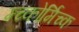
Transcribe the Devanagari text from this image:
म्च्कोर्मिच्क